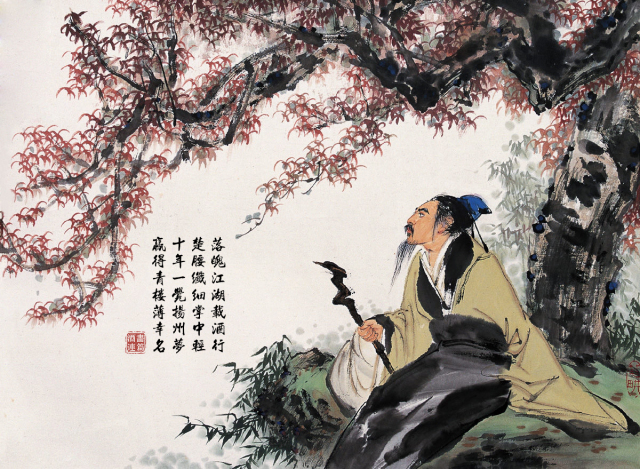
落魄江南载酒行，楚腰纤细掌中轻。